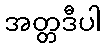
အတ္တဒီပါ